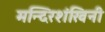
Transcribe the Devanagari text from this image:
मन्दिरशंखिनी